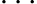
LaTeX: \cdot\cdot\cdot